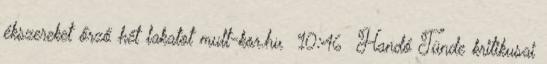
ékszereket őrző hét lakatot mult-kor.hu 10:46 Handó Tünde kritikusai